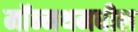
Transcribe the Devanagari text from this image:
मॉन्मथमधील